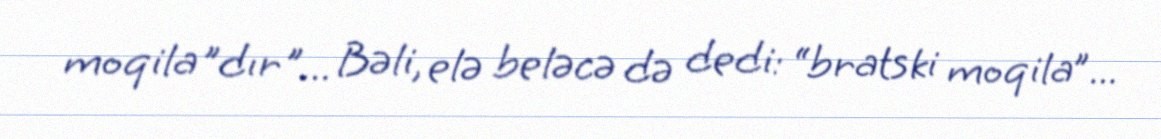
moqila"dır"... Bəli, elə beləcə də dedi: “bratski moqila”...